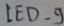
Text: LED_9